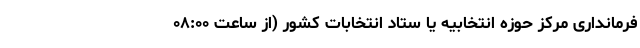
فرمانداری مرکز حوزه انتخابیه یا ستاد انتخابات کشور (از ساعت ۰۸:۰۰